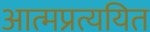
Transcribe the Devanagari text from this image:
आत्मप्रत्ययित